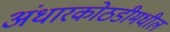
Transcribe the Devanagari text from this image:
अंधारकोठडीमधील